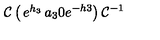
{ \cal C } \left( \begin{matrix} { e ^ { h _ { 3 } } } & { a _ { 3 } } \\ { 0 } & { e ^ { - h 3 } } \\ \end{matrix} \right) { \cal C } ^ { - 1 }